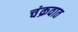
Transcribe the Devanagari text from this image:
चंक्रवात